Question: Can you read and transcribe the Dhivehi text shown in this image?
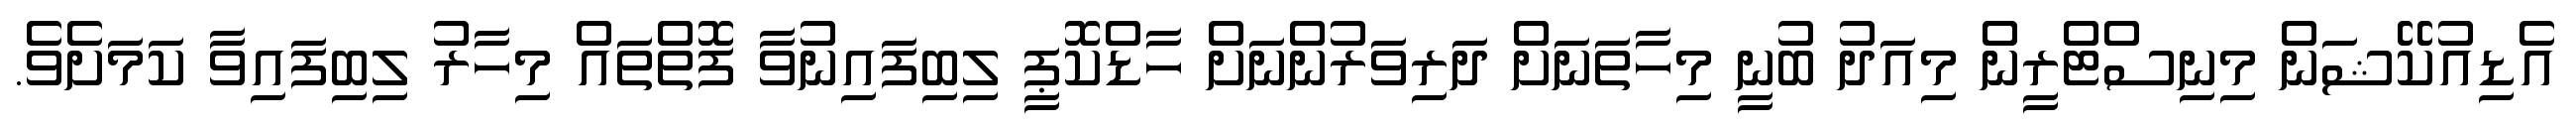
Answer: އެޑިއުކޭޝަން މިނިސްޓްރީން މިއަދު ބުނީ މިހާތަނަށް ދަރިވަރުންނަށް ހާޑްކޮޕީ ލިބިފައިނުވާ ފޮތްތައް މިހާރު ލިބިފައިވާ ކަމަށެވެ.